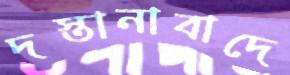
দস্তানাবাদে